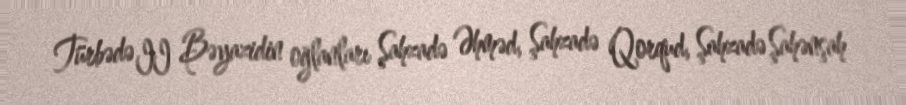
Türbədə II Bəyazidin oğlanları Şahzadə Əhməd, Şahzadə Qorqud, Şahzadə Şahənşah